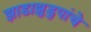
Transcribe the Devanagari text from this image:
झाडाझुडुपांचे